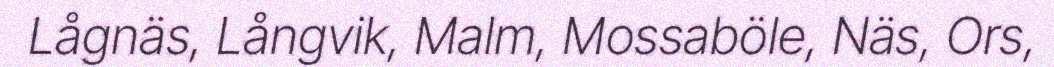
Lågnäs, Långvik, Malm, Mossaböle, Näs, Ors,